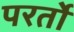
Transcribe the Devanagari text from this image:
परर्तो